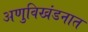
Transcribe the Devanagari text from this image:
अणुविखंडनात